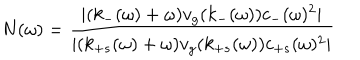
N ( \omega ) = \frac { | ( k _ { - } ( \omega ) + \omega ) v _ { g } ( k _ { - } ( \omega ) ) c _ { - } ( \omega ) ^ { 2 } | } { | ( k _ { + s } ( \omega ) + \omega ) v _ { g } ( k _ { + s } ( \omega ) ) c _ { + s } ( \omega ) ^ { 2 } | }